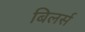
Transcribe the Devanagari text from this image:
बिलर्स